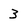
Character: 3